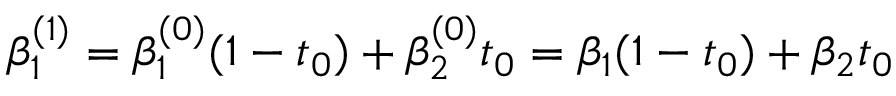
\beta _ { 1 } ^ { ( 1 ) } = \beta _ { 1 } ^ { ( 0 ) } ( 1 - t _ { 0 } ) + \beta _ { 2 } ^ { ( 0 ) } t _ { 0 } = \beta _ { 1 } ( 1 - t _ { 0 } ) + \beta _ { 2 } t _ { 0 }